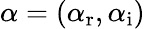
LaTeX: \alpha=\left(\alpha_{\mathrm{{r}}},\alpha_{\mathrm{{i}}}\right)